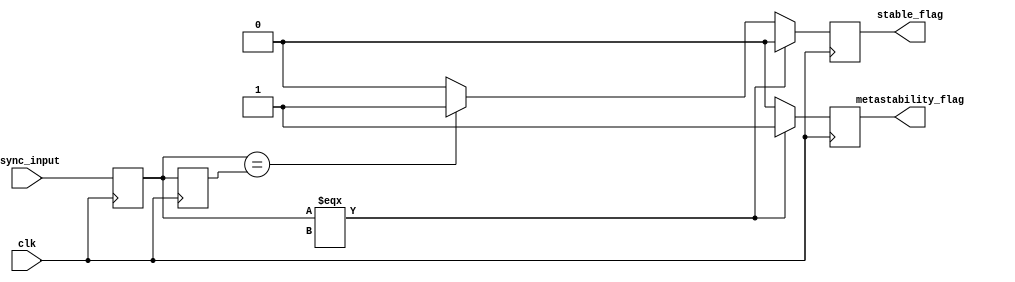
module metastability_detector (
    input wire clk,               // Clock signal
    input wire async_input,       // Asynchronous input signal to monitor
    output reg metastability_flag, // Flag indicating metastability
    output reg stable_flag         // Flag indicating stable state
);

// Internal signals
reg latch1_out;                 // Output of the first latch
reg latch2_out;                 // Output of the second latch

// Latch 1: Sample the asynchronous input on the rising edge of clk
always @(posedge clk) begin
    latch1_out <= async_input;
end

// Latch 2: Sample the output of latch1 on the next clock edge
always @(posedge clk) begin
    latch2_out <= latch1_out;
end

// Metastability detection logic
always @(posedge clk) begin
    // Reset flags
    metastability_flag <= 1'b0;
    stable_flag <= 1'b0;

    // Check for metastability condition
    // Here we assume a simple condition where if the output of latch1
    // does not change between clock cycles, it is considered stable.
    if (latch1_out === 1'bx) begin
        metastability_flag <= 1'b1; // Indicate a metastable state
    end else if (latch1_out == latch2_out) begin
        stable_flag <= 1'b1; // Indicate a stable condition
    end
end

endmodule